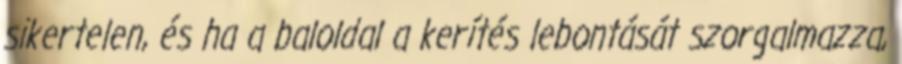
sikertelen, és ha a baloldal a kerítés lebontását szorgalmazza,